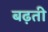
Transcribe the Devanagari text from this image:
बढ़ती़